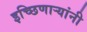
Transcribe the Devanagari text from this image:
इच्छिणाऱ्यांनी